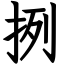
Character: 挒